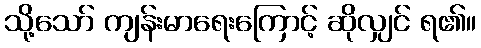
သို့သော် ကျန်းမာရေးကြောင့် ဆိုလျှင် ရ၏။